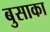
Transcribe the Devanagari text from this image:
बुसाका